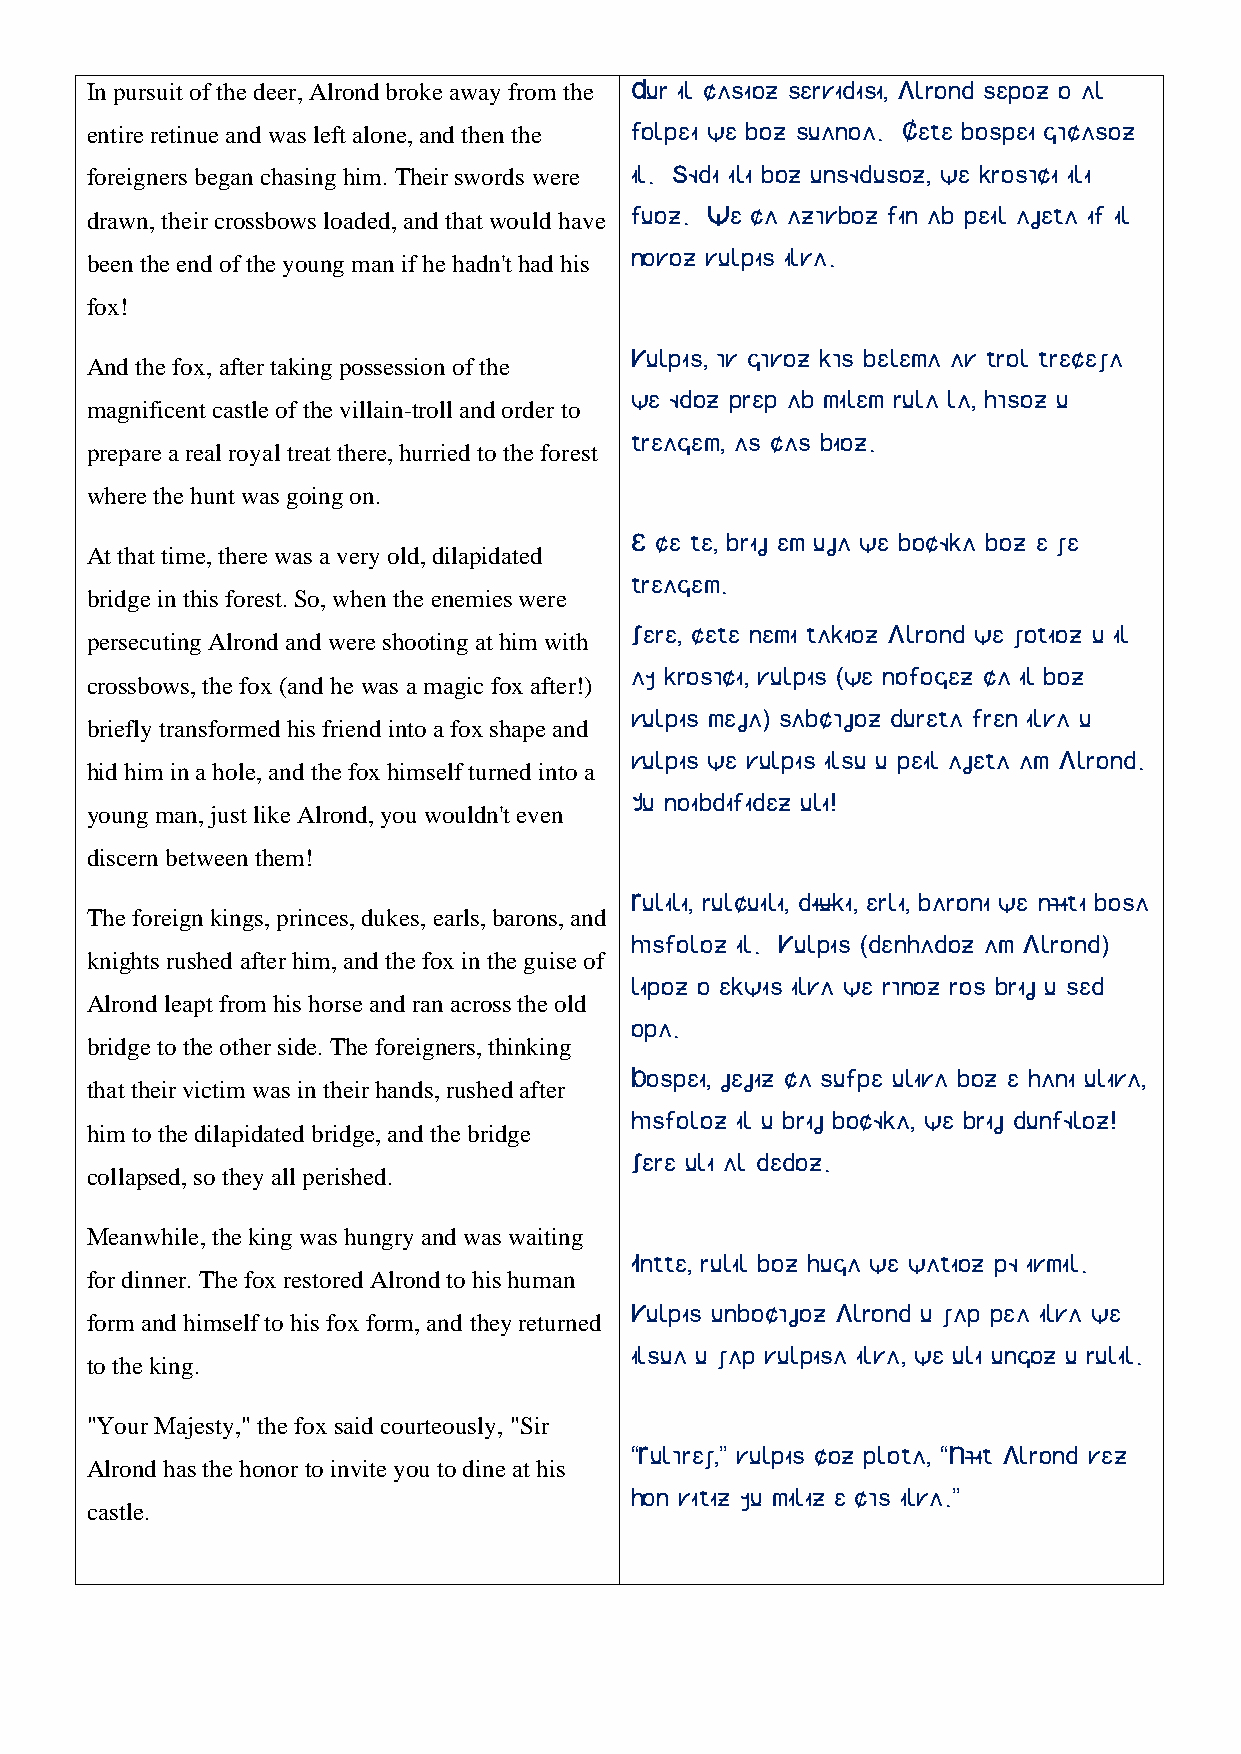
In pursuit of the deer, Alrond broke away from the Dur il casioz servidisi, Alrond sepoz o al
 entire retinue and was left alone, and then the folpei we boz suanoa. Cete bospei gãcasoz
 foreigners began chasing him. Their swords were il. Sødi ili boz unsødusoz, we krosãci ili
 drawn, their crossbows loaded, and that would have fuoz. We ca azãvboz fin ab peil ajeta if il
 been the end of the young man if he hadn't had his novoz vulpis ilva.
 fox!
 Vulpis, ãv gãvoz kãs belema av trol trecexa
 And the fox, after taking possession of the
 we ødoz prep ab milem rula la, hãsoz u
 magnificent castle of the villain-troll and order to
 treagem, as cas bioz.
 prepare a real royal treat there, hurried to the forest
 where the hunt was going on.
 E ce te, brij em uja we bocøka boz e xe
 At that time, there was a very old, dilapidated
 treagem.
 bridge in this forest. So, when the enemies were
 Xere, cete nemi takioz Alrond we xotioz u il
 persecuting Alrond and were shooting at him with
 ay krosãci, vulpis (we nofogez ca il boz
 crossbows, the fox (and he was a magic fox after!)
 vulpis meja) sabcãjoz dureta fren ilva u
 briefly transformed his friend into a fox shape and
 vulpis we vulpis ilsu u peil ajeta am Alrond.
 hid him in a hole, and the fox himself turned into a
 Yu noibdifidez uli!
 young man, just like Alrond, you wouldn't even
 discern between them!
 Rulili, rulcuili, diuki, erli, baroni we nãiti bosa
 The foreign kings, princes, dukes, earls, barons, and
 hãsfoloz il. Vulpis (denhadoz am Alrond)
 knights rushed after him, and the fox in the guise of
 lipoz o ekwis ilva we rãnoz ros brij u sed
 Alrond leapt from his horse and ran across the old
 opa.
 bridge to the other side. The foreigners, thinking
 Bospei, jejiz ca sufpe uliva boz e hani uliva,
 that their victim was in their hands, rushed after
 hãsfoloz il u brij bocøka, we brij dunføloz!
 him to the dilapidated bridge, and the bridge
 Xere uli al dedoz.
 collapsed, so they all perished.
 Meanwhile, the king was hungry and was waiting
 Intte, rulil boz huga we watioz pø ivmil.
 for dinner. The fox restored Alrond to his human
 Vulpis unbocãjoz Alrond u xap pea ilva we
 form and himself to his fox form, and they returned
 ilsua u xap vulpisa ilva, we uli ungoz u rulil.
 to the king.
 "Your Majesty," the fox said courteously, "Sir
 “Rulãrex,” vulpis coz plota, “Nãit Alrond vez
 Alrond has the honor to invite you to dine at his
 hon vitiz yu miliz e cãs ilva.”
 castle.